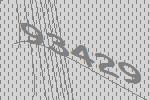
93429